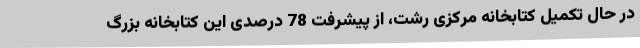
در حال تکمیل کتابخانه مرکزی رشت، از پیشرفت 78 درصدی این کتابخانه بزرگ